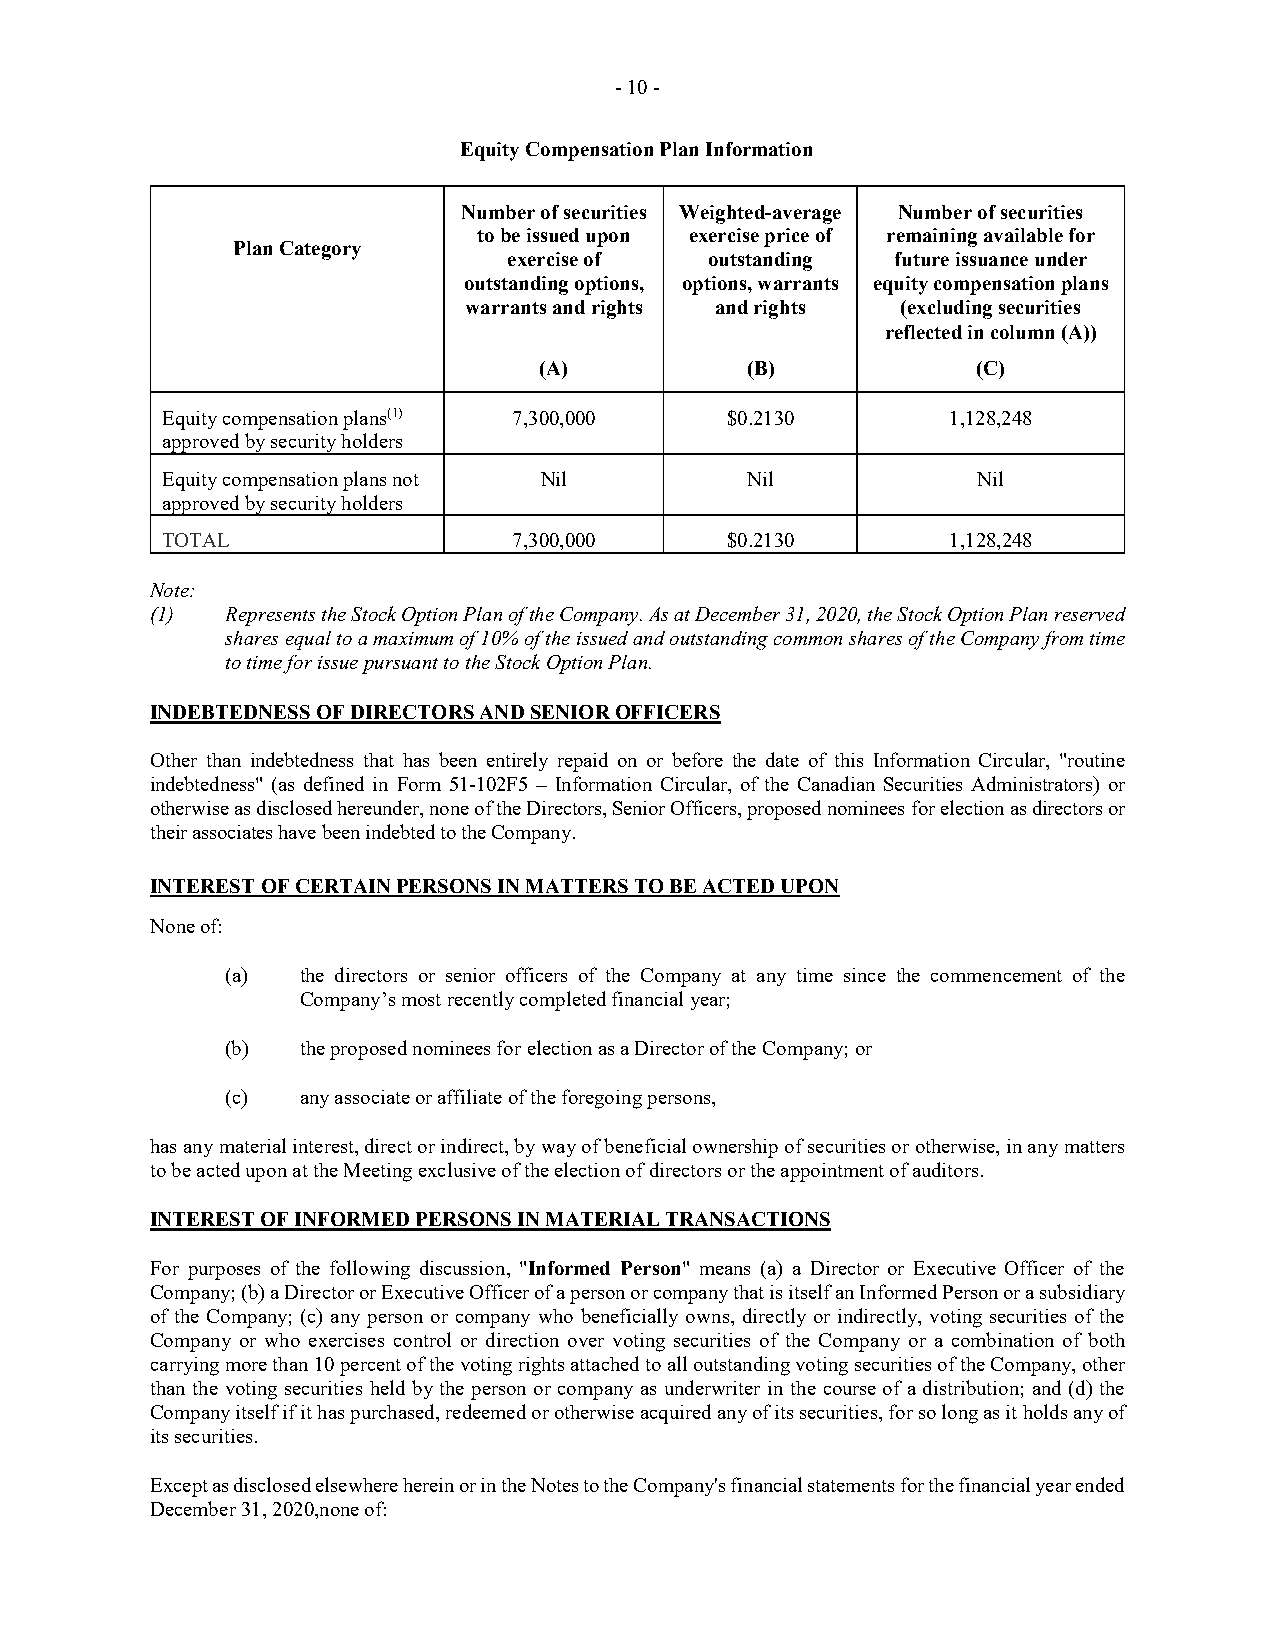
- 10 -
 Equity Compensation Plan Information
 Number of securities Weighted-average Number of securities
 to be issued upon exercise price of remaining available for
 Plan Category
 exercise of  outstanding future issuance under
 outstanding options, options, warrants equity compensation plans
 warrants and rights and rights (excluding securities
 reflected in column (A))
 (A)          (B)             (C)
 Equity compensation plans(1) 7,300,000 $0.2130      1,128,248
 approved by security holders
 Equity compensation plans not Nil     Nil             Nil
 approved by security holders
 TOTAL                  7,300,000     $0.2130        1,128,248
 Note:
 (1)  Represents the Stock Option Plan of the Company. As at December 31, 2020, the Stock Option Plan reserved
 shares equal to a maximum of 10% of the issued and outstanding common shares of the Company from time
 to time for issue pursuant to the Stock Option Plan.
 INDEBTEDNESS OF DIRECTORS AND SENIOR OFFICERS
 Other than indebtedness that has been entirely repaid on or before the date of this Information Circular, "routine
 indebtedness" (as defined in Form 51-102F5 – Information Circular, of the Canadian Securities Administrators) or
 otherwise as disclosed hereunder, none of the Directors, Senior Officers, proposed nominees for election as directors or
 their associates have been indebted to the Company.
 INTEREST OF CERTAIN PERSONS IN MATTERS TO BE ACTED UPON
 None of:
 (a)  the directors or senior officers of the Company at any time since the commencement of the
 Company’s most recently completed financial year;
 (b)  the proposed nominees for election as a Director of the Company; or
 (c)  any associate or affiliate of the foregoing persons,
 has any material interest, direct or indirect, by way of beneficial ownership of securities or otherwise, in any matters
 to be acted upon at the Meeting exclusive of the election of directors or the appointment of auditors.
 INTEREST OF INFORMED PERSONS IN MATERIAL TRANSACTIONS
 For purposes of the following discussion, "Informed Person" means (a) a Director or Executive Officer of the
 Company; (b) a Director or Executive Officer of a person or company that is itself an Informed Person or a subsidiary
 of the Company; (c) any person or company who beneficially owns, directly or indirectly, voting securities of the
 Company or who exercises control or direction over voting securities of the Company or a combination of both
 carrying more than 10 percent of the voting rights attached to all outstanding voting securities of the Company, other
 than the voting securities held by the person or company as underwriter in the course of a distribution; and (d) the
 Company itself if it has purchased, redeemed or otherwise acquired any of its securities, for so long as it holds any of
 its securities.
 Except as disclosed elsewhere herein or in the Notes to the Company's financial statements for the financial year ended
 December 31, 2020,none of: